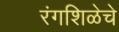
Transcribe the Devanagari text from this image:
रंगशिळेचे